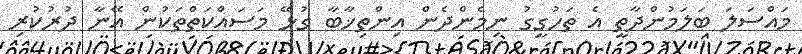
މައްސަލަ ބަލަމުންދާތީ އެ ތަހުގީގު ނިމެންދެން އިންތިޚާބާ ގުޅޭ މަސައްކަތްތަކުން އޭނާ ދުރުކުރި